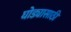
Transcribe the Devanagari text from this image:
घोड्यासाठी